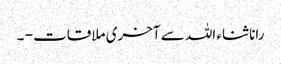
رانا ثناء اللہ سے آخری ملاقات - ۔